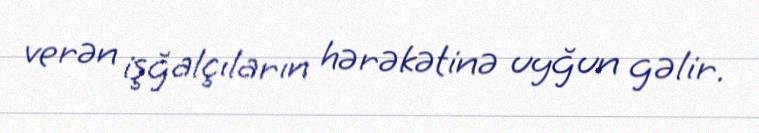
verən işğalçıların hərəkətinə uyğun gəlir.